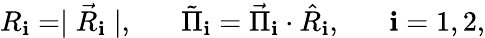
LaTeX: R_{\mathbf{i}}=\mid\vec{{R}}_{\mathbf{i}}\mid,\; \; \; \; \; \; \tilde{{\Pi}}_{\mathbf{i}}=\vec{{\Pi}}_{\mathbf{i}}\cdot\hat{{R}}_{\mathbf{i}},\; \; \; \; \; \; \mathbf{i}=1,2,